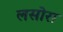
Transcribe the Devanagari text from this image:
लसोरा